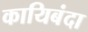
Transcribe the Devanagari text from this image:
कायिबंदा